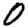
Digit: 0